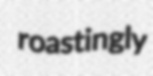
roastingly